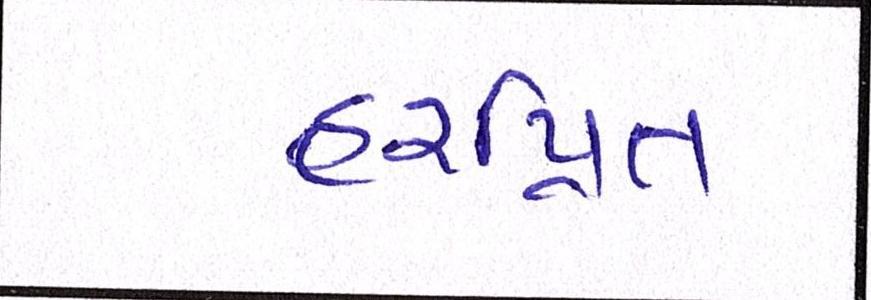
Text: હરપ્રિત